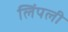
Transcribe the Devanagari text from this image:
लिंपली